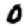
Digit: 0